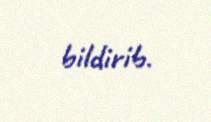
bildirib.